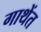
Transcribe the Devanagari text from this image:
गाथेंत